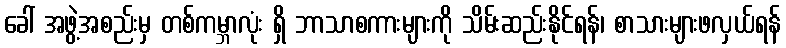
ခေါ် အဖွဲ့အစည်းမှ တစ်ကမ္ဘာလုံး ရှိ ဘာသာစကားများကို သိမ်းဆည်းနိုင်ရန်၊ စာသားများဖလှယ်ရန်